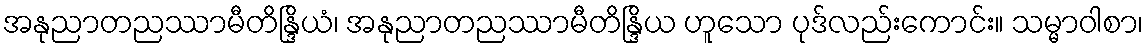
အနုညာတညဿာမီတိန္ဒြိယံ၊ အနုညာတညဿာမီတိန္ဒြိယ ဟူသော ပုဒ်လည်းကောင်း။ သမ္မာဝါစာ၊